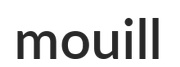
mouill